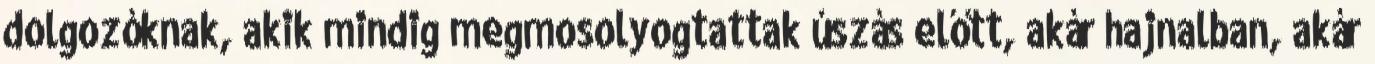
dolgozóknak, akik mindig megmosolyogtattak úszás előtt, akár hajnalban, akár